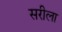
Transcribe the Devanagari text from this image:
सरीला